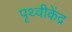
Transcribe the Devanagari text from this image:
पृथ्वीकेंद्र